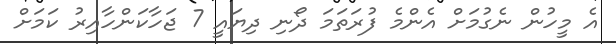
އެ މީހުން ނެގުމަށް އެންމެ ފުރަތަމަ ދޯނި ދިޔައީ 7 ޖަހާކަންހާއިރު ކަމަށް